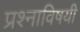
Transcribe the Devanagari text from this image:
प्रश्नाविषयी